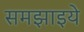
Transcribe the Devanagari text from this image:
समझाइये